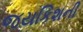
જયકિશની